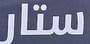
ستار